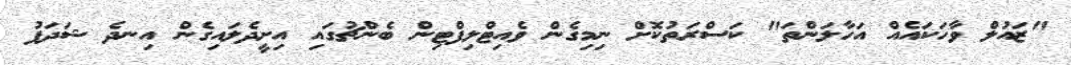
"ޒައުލް ވާހަކައެއް އަހާލަންތަ" ކަސްރަތުކޮށް ނިމިގެން ވެއިޓްލިފްޓިން ބެންޗުގައި އިށީދެލައިގެން އިނދެ ޝަދަފު